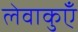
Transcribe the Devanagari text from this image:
लेवाकुएँ